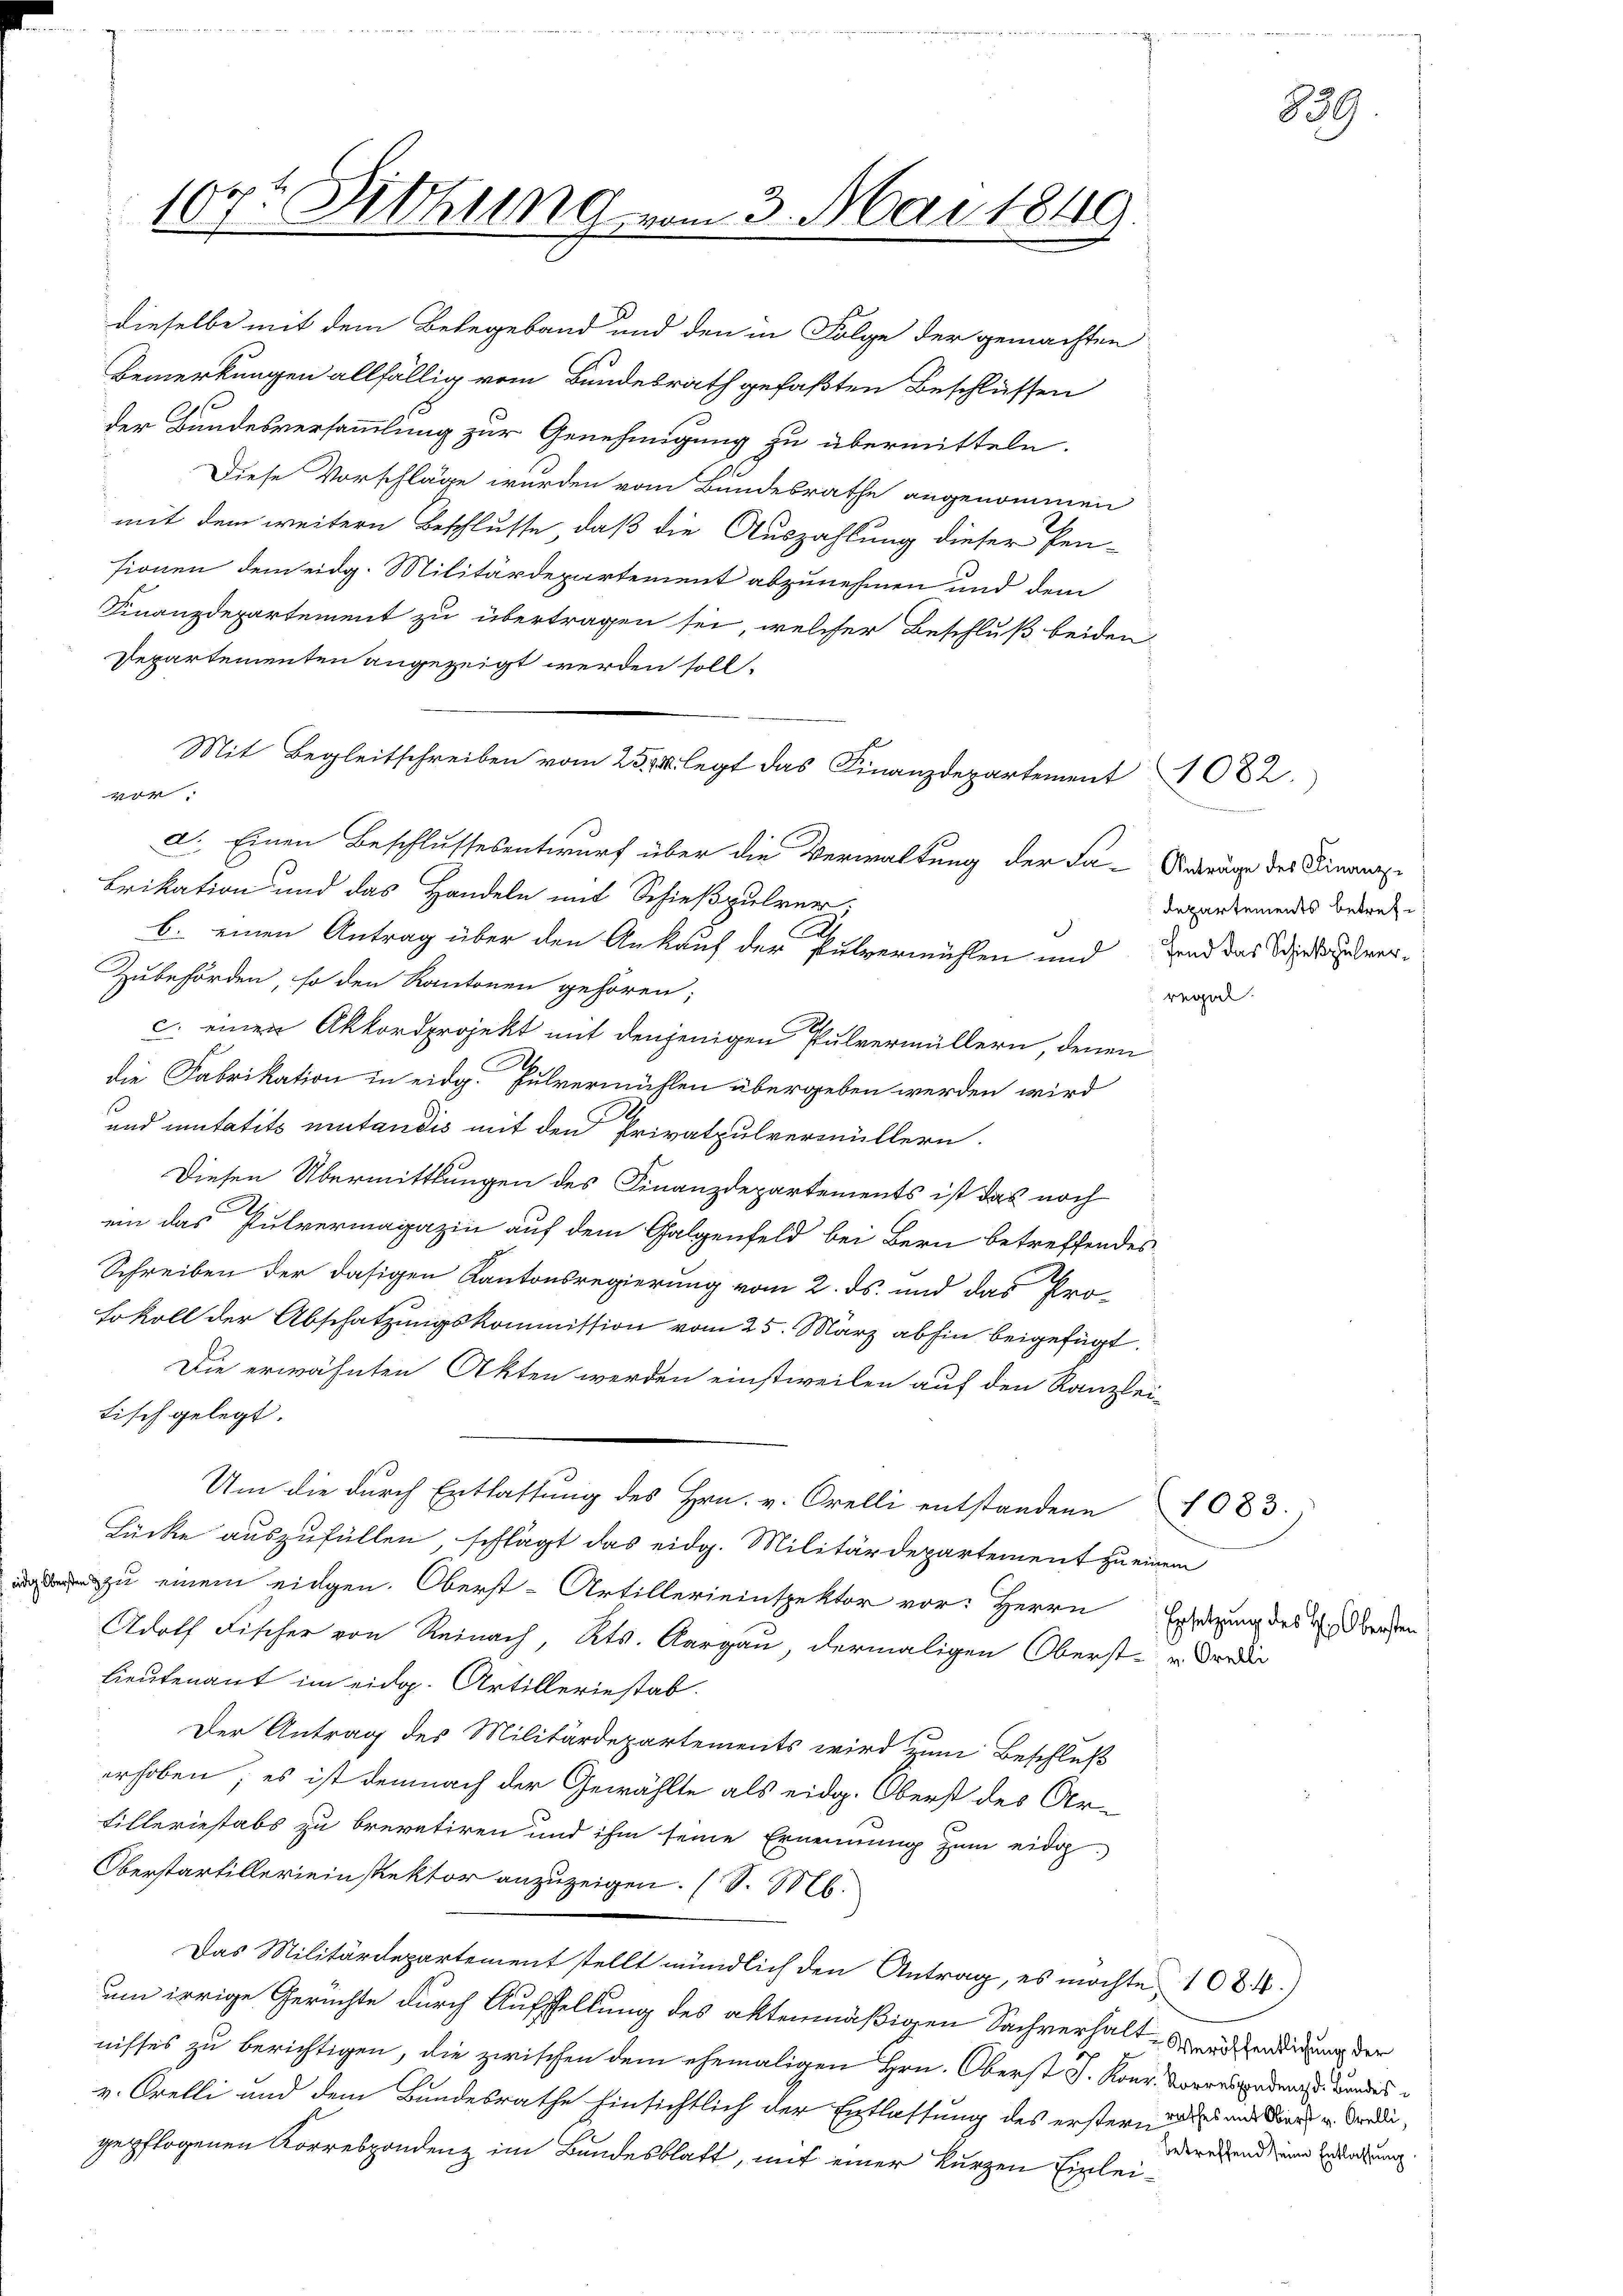
eidige Obersten

107t Sitzung vom 3. Mai 1849.

dieselbe mit dem Belegeband und den in Folge der gemachten
Bemerkungen allfällig vom Bundesrath gefaßten Beschlüssen

der Bundesversammlung zur Genehmigung zu übermitteln.
Diese Vorschläge wurden vom Bundesrathe angenommen
mit dem weitern Beschlusse, daß die Auszahlung dieser Pen-
sionen dem eidg. Militärdepartement abzunehmen und dem
Finanzdepartement zu übertragen sei, welcher Beschluß beiden
Departementen angezeigt werden soll.
vor.
a. Einen Beschlussesentwurf über die Verwaltung der Fa-Arrang der Finanze
Frikation und das Handeln mit Schießpulver.
2.
b. einen Antrag über den Ankauf der Pulvermühlen und und das Wird zuver¬
Zubehörden, so den Kantonen gehören;
c. einen Akkordprojekt mit denjenigen Pulvermüllern, denen
die Fabrikation in eidg. Pulvermühlen übergeben werden wird
1
und mitatits mutandis mit den Privatpulvermüllern.
Diesen Übermittlungen des Finanzdepartements ist das noch
2
ein das Pulvermagazin auf dem Galgenfeld bei Bern betreffendes
Schreiben der dasigen Kantonsregierung vom 2. ds. und das Protokoll der Abschatzungskommission vom 25. März abhin beigefügt.
Die erwähnten Akten werden einstweilen auf den Kanzlei-
tisch gelegt.
Um die durch Entlassung des Hrn. v. Orelli entstandene 1083.
Lücke auszufüllen schlägt das eidg. Militärdepartement zu einem
 zu einem eidgen. Oberst-Artillerieinspektor vor: Herrn
Adolf Fischer von Reinach, Kts. Aargau, dermaligen Oberst-droi
Lieutenant im eidg. Artilleriestab.
Der Antrag des Militärdepartements wird zum Beschluß
erhoben; es ist demnach der Gewählte als eidg. Oberst des Arfilleriestabs zu brevetiren und ihm seine Ernennung zum eidg.
Oberstartillerein Rektor anzuzeigen. (S. M.
Das Militärdepartement stellt mündlich den Antrag, es möchte 108. 4.)
um irrige Gerüchte durch Aufstellung des aktenmäßigen Sachverhalt Breckendigung der
nisses zu berichtigen, die zwischen dem ehemaligen Hrn. Oberst J. Konr. Vorrespedings Bundes
v. Orelli und dem Bundesrathe hinsichtlich der Entlassung des erstern und und die u. Ferdi
gepflogenen Korrespondenz im Bundesblatt, mit einer kurzen Einlei¬

Mit Begleitschreiben vom 25. 4. legt das Finanzdepartement

.
departements betrefe

1082.

regel.

Ersetzung des H: Obersten

betreffend seine Entlassung

859.